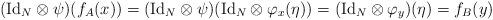
LaTeX: \begin{align*}(\mathrm{Id}_N\otimes\psi)(f_A(x)) =(\mathrm{Id}_N\otimes\psi)(\mathrm{Id}_N\otimes\varphi_x(\eta)) =(\mathrm{Id}_N\otimes\varphi_y)(\eta) = f_B(y)\end{align*}